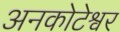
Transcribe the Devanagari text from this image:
अनकोटेश्वर